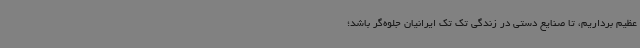
عظیم برداریم، تا صنایع دستی در زندگی تک تک ایرانیان جلوه‌گر باشد؛